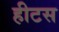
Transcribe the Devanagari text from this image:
हीटस